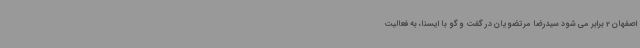
اصفهان 2 برابر می شود سیدرضا مرتضویان در گفت و گو با ایسنا، به فعالیت